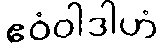
ဧဝံဝါဒါဟံ